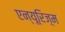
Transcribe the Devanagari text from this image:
एन्यूरिज़्म